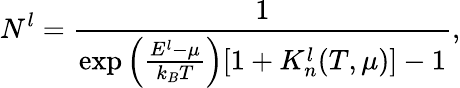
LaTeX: N_{}^{l}=\frac{1}{\exp\left(\frac{E^{l}-\mu}{k_{B}T}\right)[1+K_{n}^{l}(T,\mu)]-1},